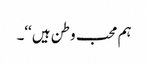
ہم محب وطن ہیں‘‘۔